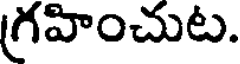
గ్రహించుట.